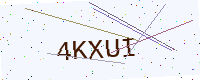
Text: 4KXUI